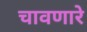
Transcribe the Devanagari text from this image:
चावणारे